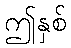
ဤနှစ်